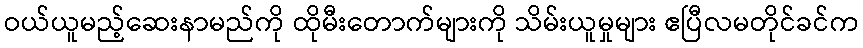
ဝယ်ယူမည့်ဆေးနာမည်ကို ထိုမီးတောက်များကို သိမ်းယူမှုများ ဧပြီလမတိုင်ခင်က